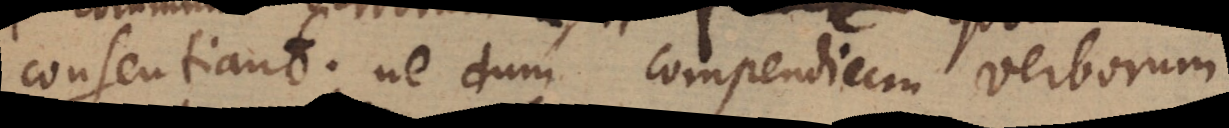
consentiant; ne dum compendium verborum